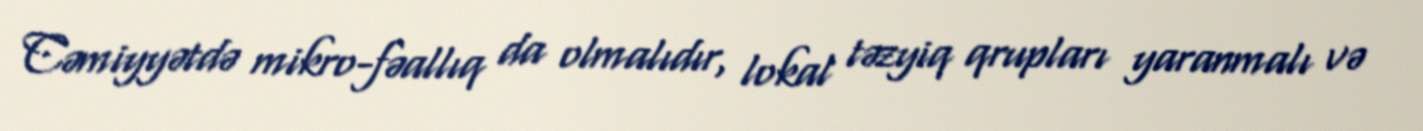
Cəmiyyətdə mikro-fəallıq da olmalıdır, lokal təzyiq qrupları yaranmalı və